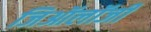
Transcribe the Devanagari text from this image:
जिऑलॉजी